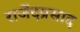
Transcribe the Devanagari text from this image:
राजेंदप्रसाद